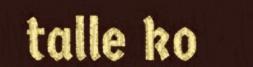
talle ko